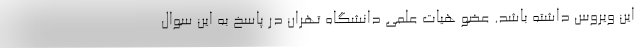
این ویروس داشته باشد. عضو هیات علمی دانشگاه تهران در پاسخ به این سوال